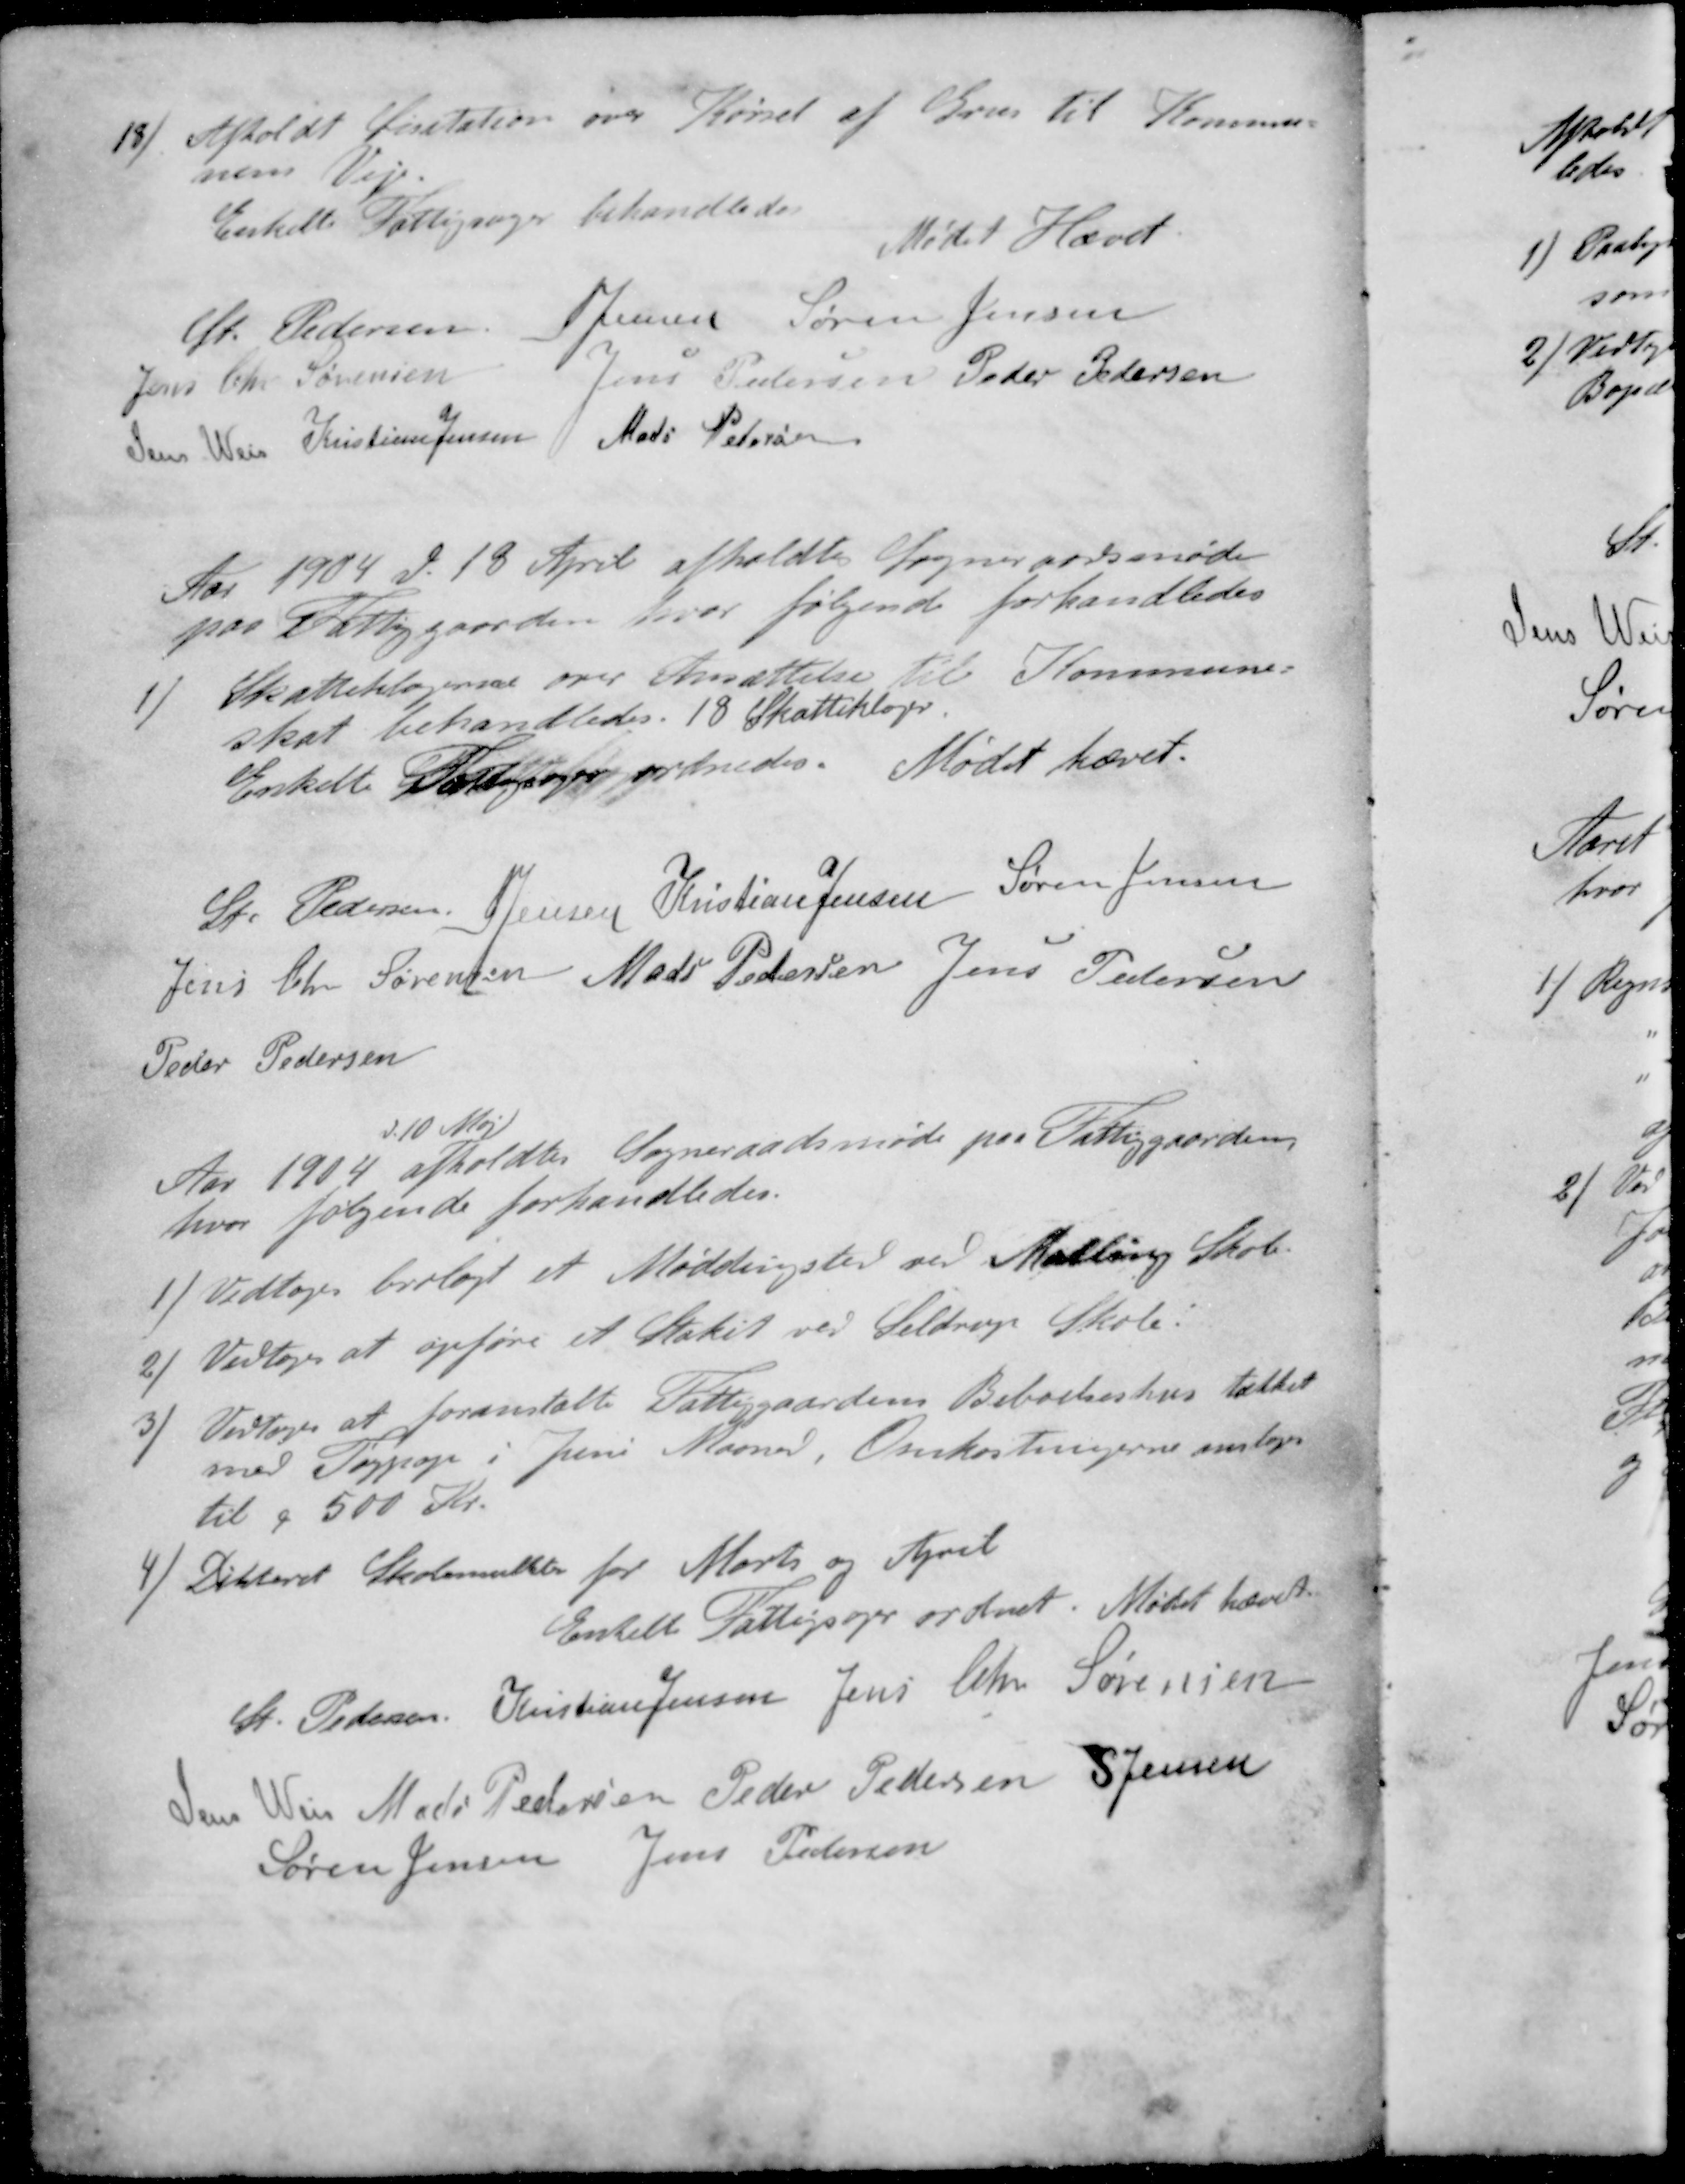
Transskription:
13 / Afholdt Licitation over Kørsel af Grus til Kommu-
nens Veje.
Enkelte Fattigsager behandledes
Mødet Hævet.
St Pedersen
S Jensen
Søren Jensen
Jens Chr Sørensen
Jens Pedersen
Peder Pedersen
Jens Weis
Kristian Jensen
Mads Petersen
Aar 1904 d. 18 April afholdte Sogneraadsmøde
paa Fattiggaarden, hvor følgende forhandledes
1 / Skattebilagene over Ansættelse til Kommune-
skat behandledes. 18 Skatteklager.
Enkelte Fattigsager ordnedes Mødet hævet.
St Pedersen
S Jensen
Kristian Jensen
Søren Jensen
Jens Chr Sørensen
Mads Pedersen
Jens Pedersen
Peder Pedersen
d. 10 Maj
Aar 1904 afholdtes Sogneraadsmøde paa Fattiggaarden
hvor følgende forhandledes.
1 / Vedtoges brolagt et Møddingsted ved Malling Skole.
2 / Vedtoges at opføre et Stakit ved Seldrup Skole:
3 / Vedtoges at foranstalte Fattiggaardens Beboelseshus tækket
med Tagpap i Juni Maaned, Omkostningerne antages
til 500 Kr.
4) Dikteret Skolemulkter for Marts og April
Enkelt Fattigsager ordnet. Mødet hævet
St Pedersen
Kristian Jensen
Jens Chr. Sørensen
Jens Weis
Mads Pedersen
Peder Pedersen
S Jensen
Søren Jensen
Jens Pedersen